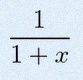
\frac{1}{1+x}